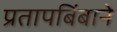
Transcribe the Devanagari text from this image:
प्रतापबिंबाने